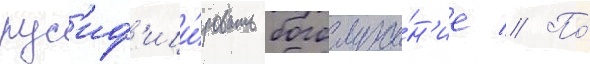
рус'иф'ици́ровать богослуже́н'ие // По́